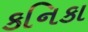
કનિકા